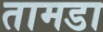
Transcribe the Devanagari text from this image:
तामडा